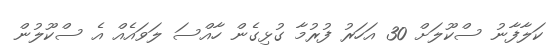
ކަލާފާނު ސްކޫލަށް 30 އަހަރު ފުރުމާ ގުޅިގެން ހާއްސަ ލަވައެއް އެ ސްކޫލުން